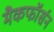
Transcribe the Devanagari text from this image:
मैकफॉर्सन